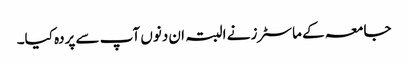
جامعہ کے ماسٹرز نے البتہ ان دنوں آپ سے پردہ کیا۔